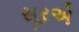
સૂરએ